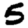
Digit: 5